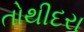
તોથીદરા